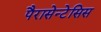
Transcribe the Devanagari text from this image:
पैरासेन्टेसिस